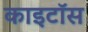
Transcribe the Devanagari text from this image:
काइटॉस